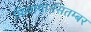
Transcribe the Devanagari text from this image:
मिलाया।सितम्बर